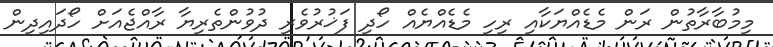
މިމުބާރާތުން ރަން މެޑެއްޔަކާއި ރިހި މެޑެއްޔެއް ހޯދި ފަޚުރުވެރި ދުވުންތެރިޔާ ރާއްޖެއަށް ހޯދައިދިން